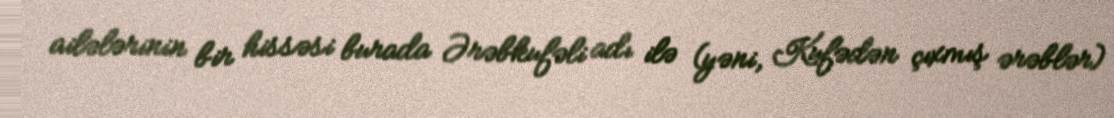
ailələrinin bir hissəsi burada Ərəbkufəli adı ilə (yəni, Kufədən çıxmış ərəblər)